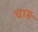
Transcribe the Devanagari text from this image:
चाड़